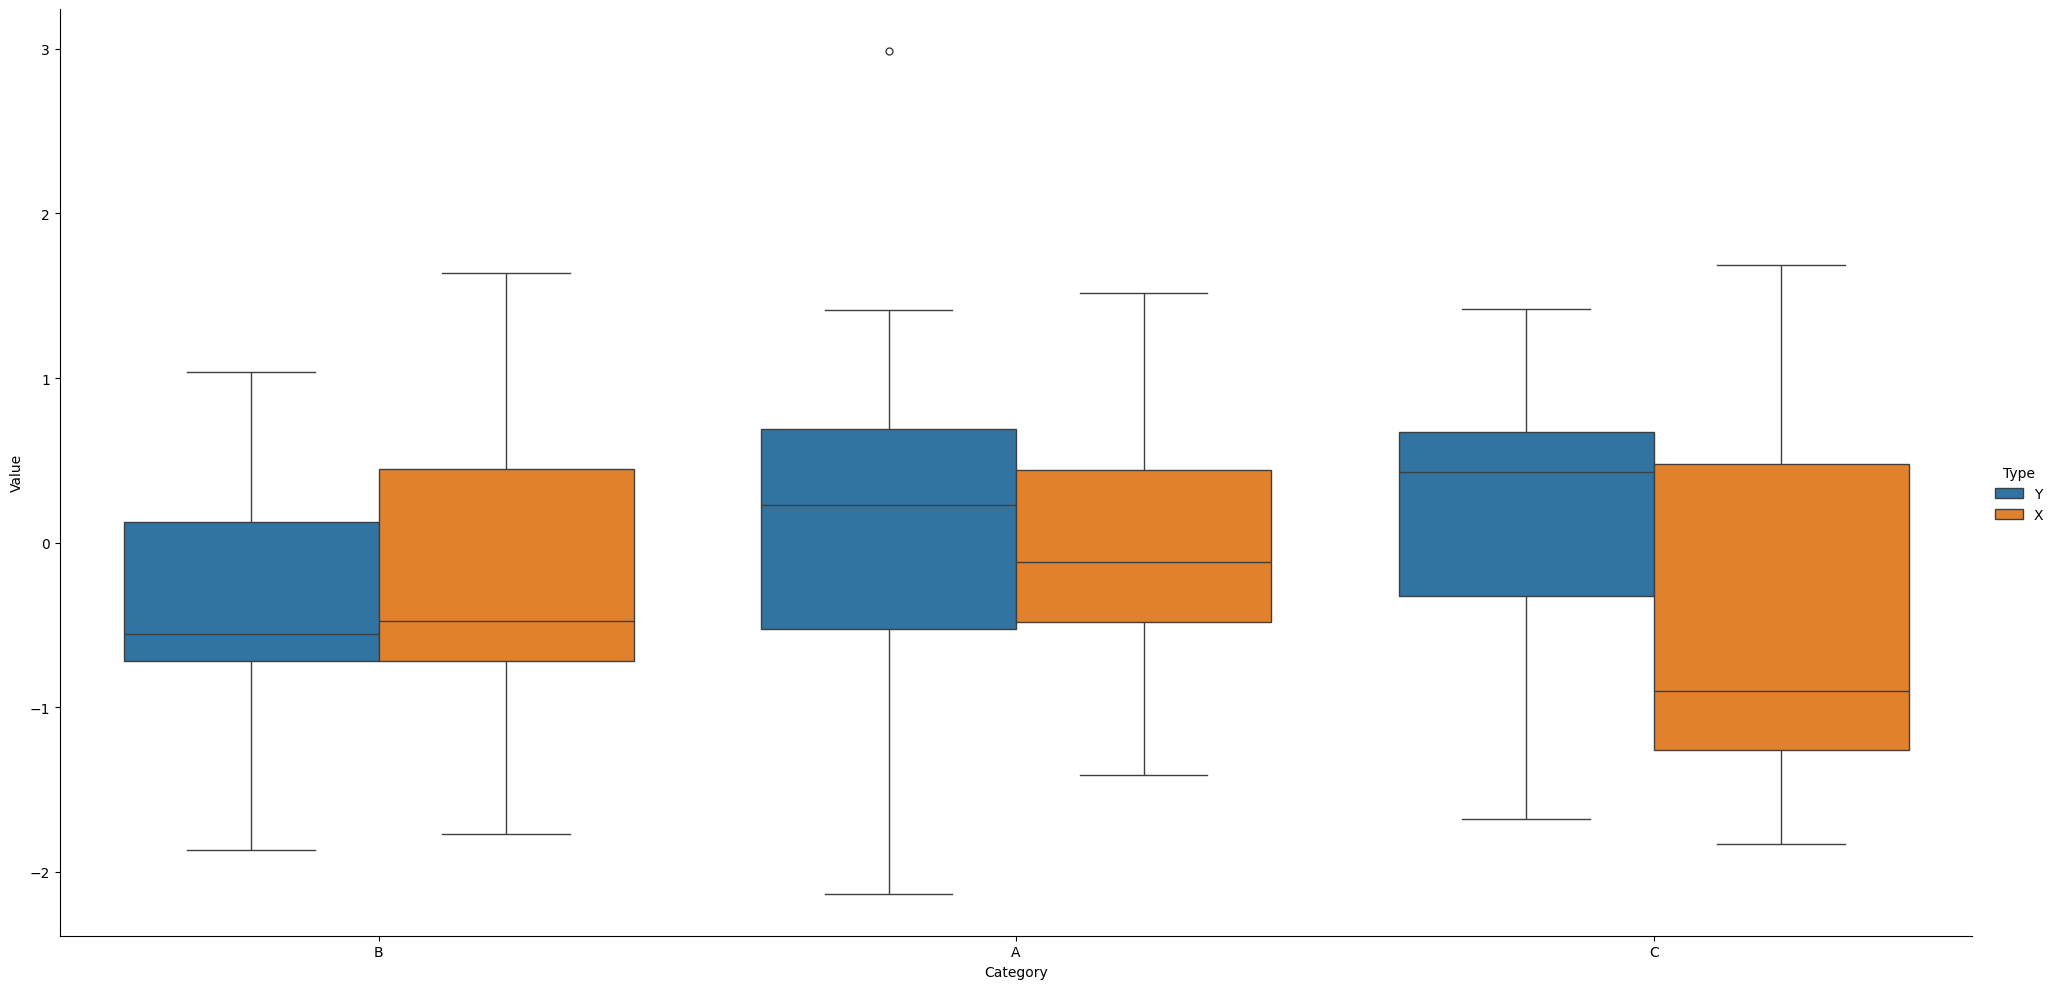
python, seaborn, catplot, kind='box', height=10, aspect=2